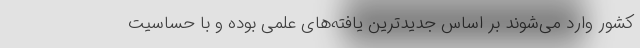
کشور وارد می‌شوند بر اساس جدیدترین یافته‌های علمی بوده و با حساسیت